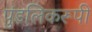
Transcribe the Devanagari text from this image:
पुंडलिकरूपी